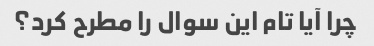
چرا آیا تام این سوال را مطرح کرد؟